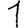
Digit: 1